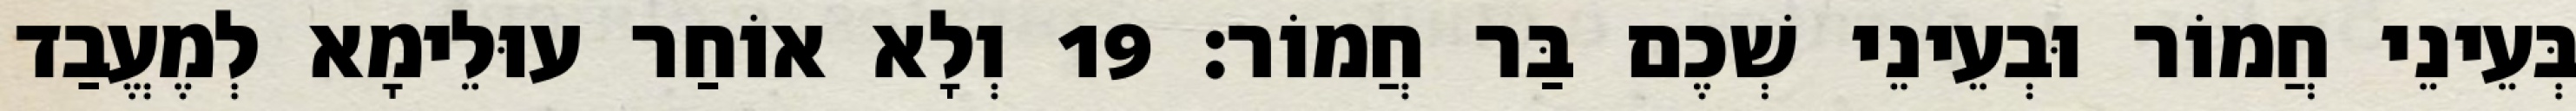
בְּעֵינֵי חֲמוֹר וּבְעֵינֵי שְׁכֶם בַּר חֲמוֹר׃ 19 וְלָא אוֹחַר עוּלֵימָא לְמֶעֱבַד